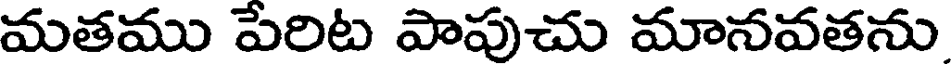
మతము పేరిట పాపుచు మానవతను